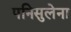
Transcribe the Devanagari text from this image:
पनिसुलेना